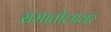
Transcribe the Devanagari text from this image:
समातोलावर